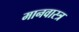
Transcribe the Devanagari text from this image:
मानवास्त्र